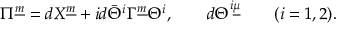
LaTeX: \Pi ^ { \underline { { m } } } = d X ^ { \underline { { m } } } + i d \bar { \Theta } ^ { i } \Gamma ^ { \underline { { m } } } \Theta ^ { i } , \qquad d \Theta ^ { i \underline { { \mu } } } \qquad ( i = 1 , 2 ) .